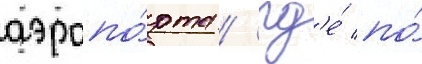
аэропо́рта / гд'е́ по́